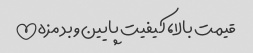
قیمت بالا‌، کیفیت پایین و بد مزه!!!!